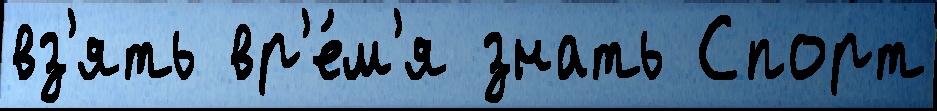
вз'ять вр'е́м'я знать Спорт